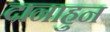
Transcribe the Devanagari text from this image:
दानाहुन